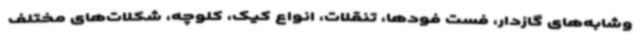
وشابه‌های گازدار، فست فودها، تنقلات، انواع کیک، کلوچه، شکلات‌های مختلف